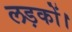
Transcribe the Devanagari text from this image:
लड़कों।